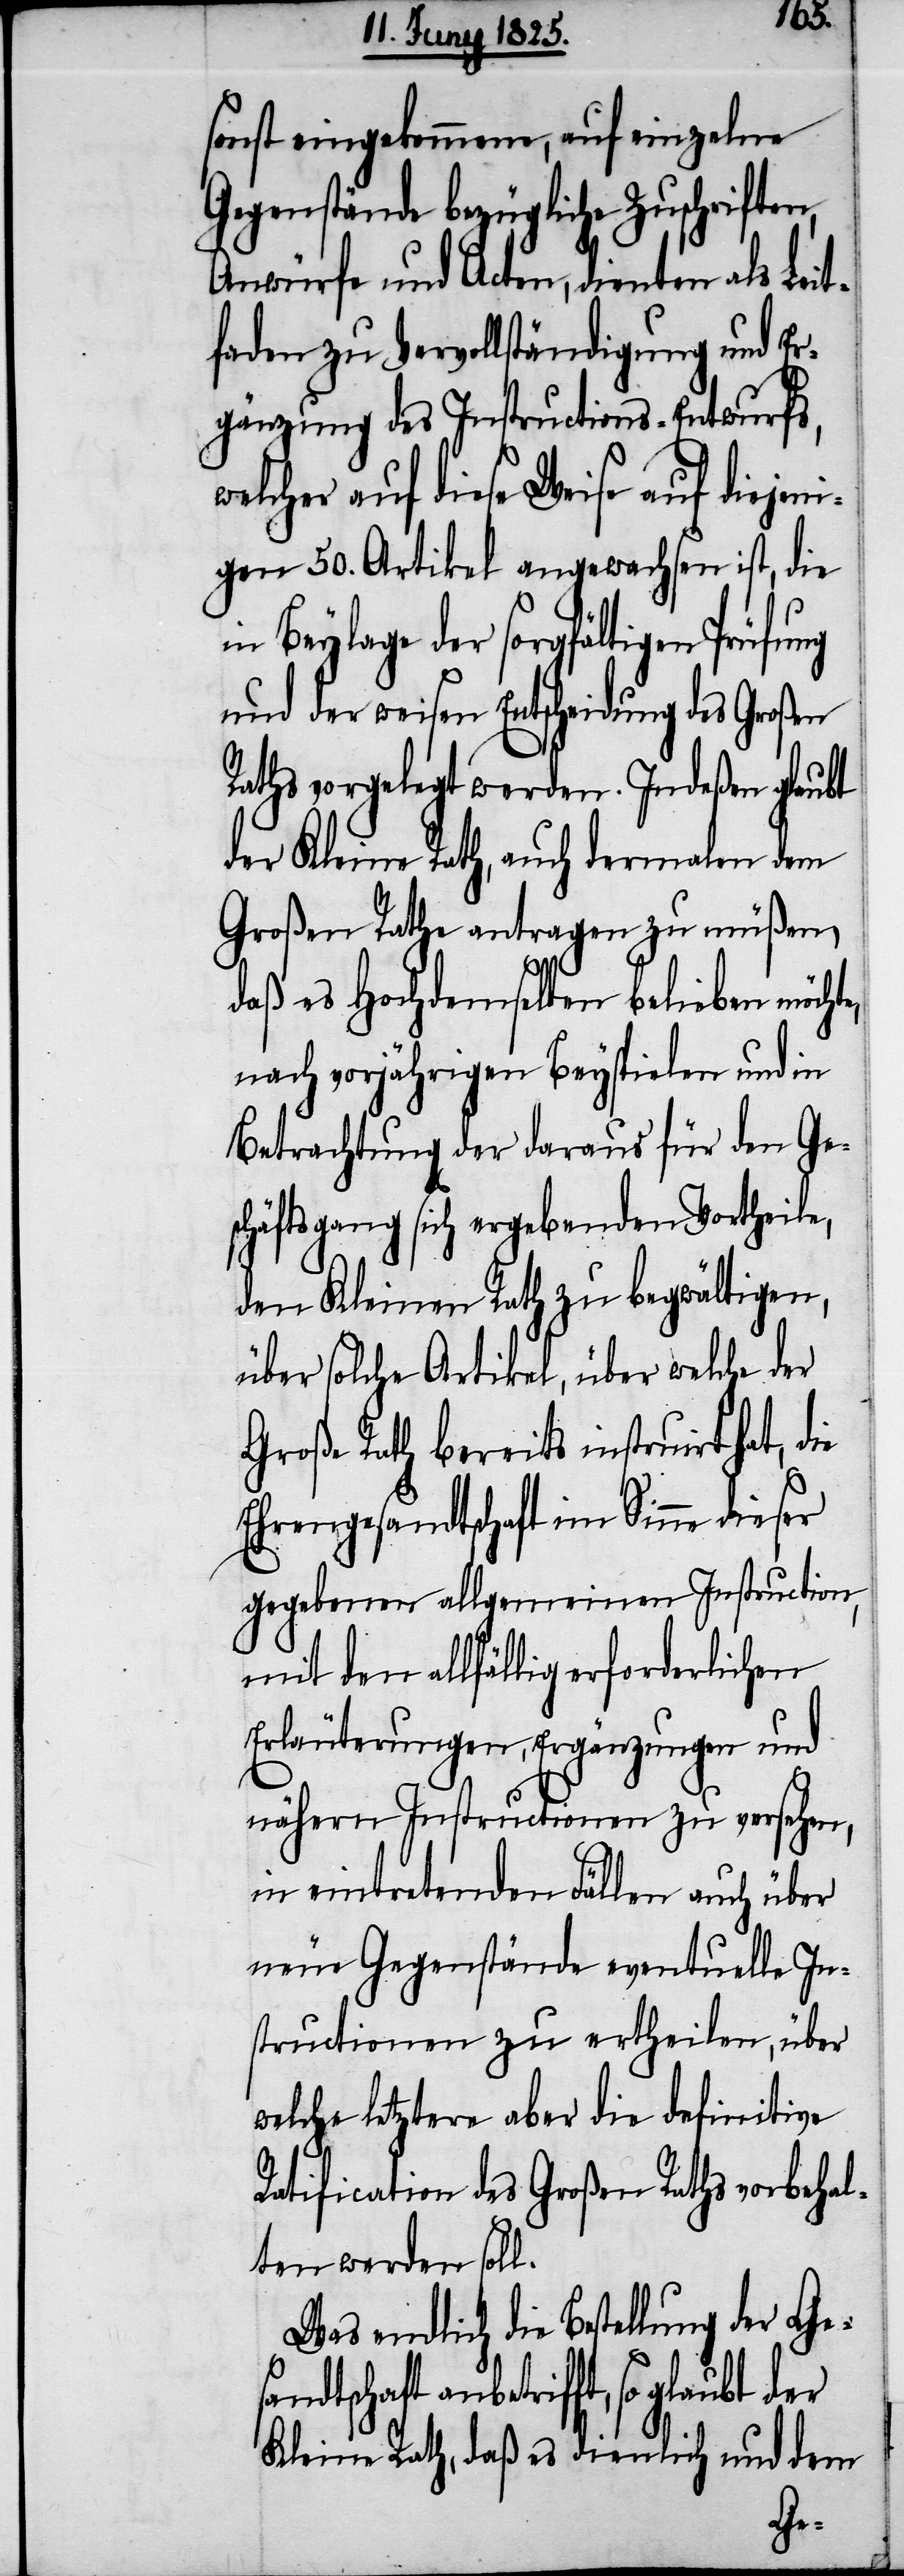
sonst eingekommene, auf einzelne
Gegenstände bezügliche Zuschriften,
Anwürfe und Acten, dienten als Leit¬
faden zu Vervollständigung und Er¬
gänzung des Instructions-Entwurfs,
welcher auf diese Weise auf diejeni¬
gen 50. Artikel angewachsen ist, die
in Beylage der sorgfältigen
und der weisen Entscheidung des Großen
Raths, vorgelegt werden. Indeßen glaubt
der Kleine Rath, auch dermalen dem
Großen Rathe antragen zu müßen,
daß es Hochdemselben belieben möcht¬
nach vorjährigen Beyspielen und in
Betrachtung der daraus für den Ge¬
schäftsgang sich ergebenden Vortheile,
den Kleinen Rath zu begwältigen,
über solche Artikel, über welche der
Große Rath bereits instruirt hat, d¬
Ehrengesandtschaft im Sinne dieser
gegebenen allgemeinen Instruction,
mit den allfällig erforderlichen
Erläuterungen, Ergänzungen und
nähern Instructionen zu versehen,
in eintretenden Fällen auch über
neue Gegenstände eventuelle In¬
structionen zu ertheilen, über
welche letztere aber die definitive
Ratification des Großen Raths vorbehal¬
ten werden soll.
Was endlich die Bestellung der Ges¬
andtschaft anbetrifft, so glaubt
Kleine Rath, daß es dienlich und dem
ie